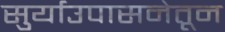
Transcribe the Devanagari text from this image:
सुर्याउपासनेतून